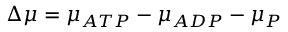
\Delta \mu = \mu _ { A T P } - \mu _ { A D P } - \mu _ { P }